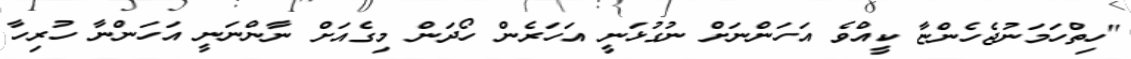
"ހިތްހަމަނުޖެހެންޏާ ކީއްވެ އަހަންނަށް ނުގުޅަނީ އަހަރެން ހޯދަން މިގެއަށް ނާންނަނީ އަހަންނާ ހުރިހާ